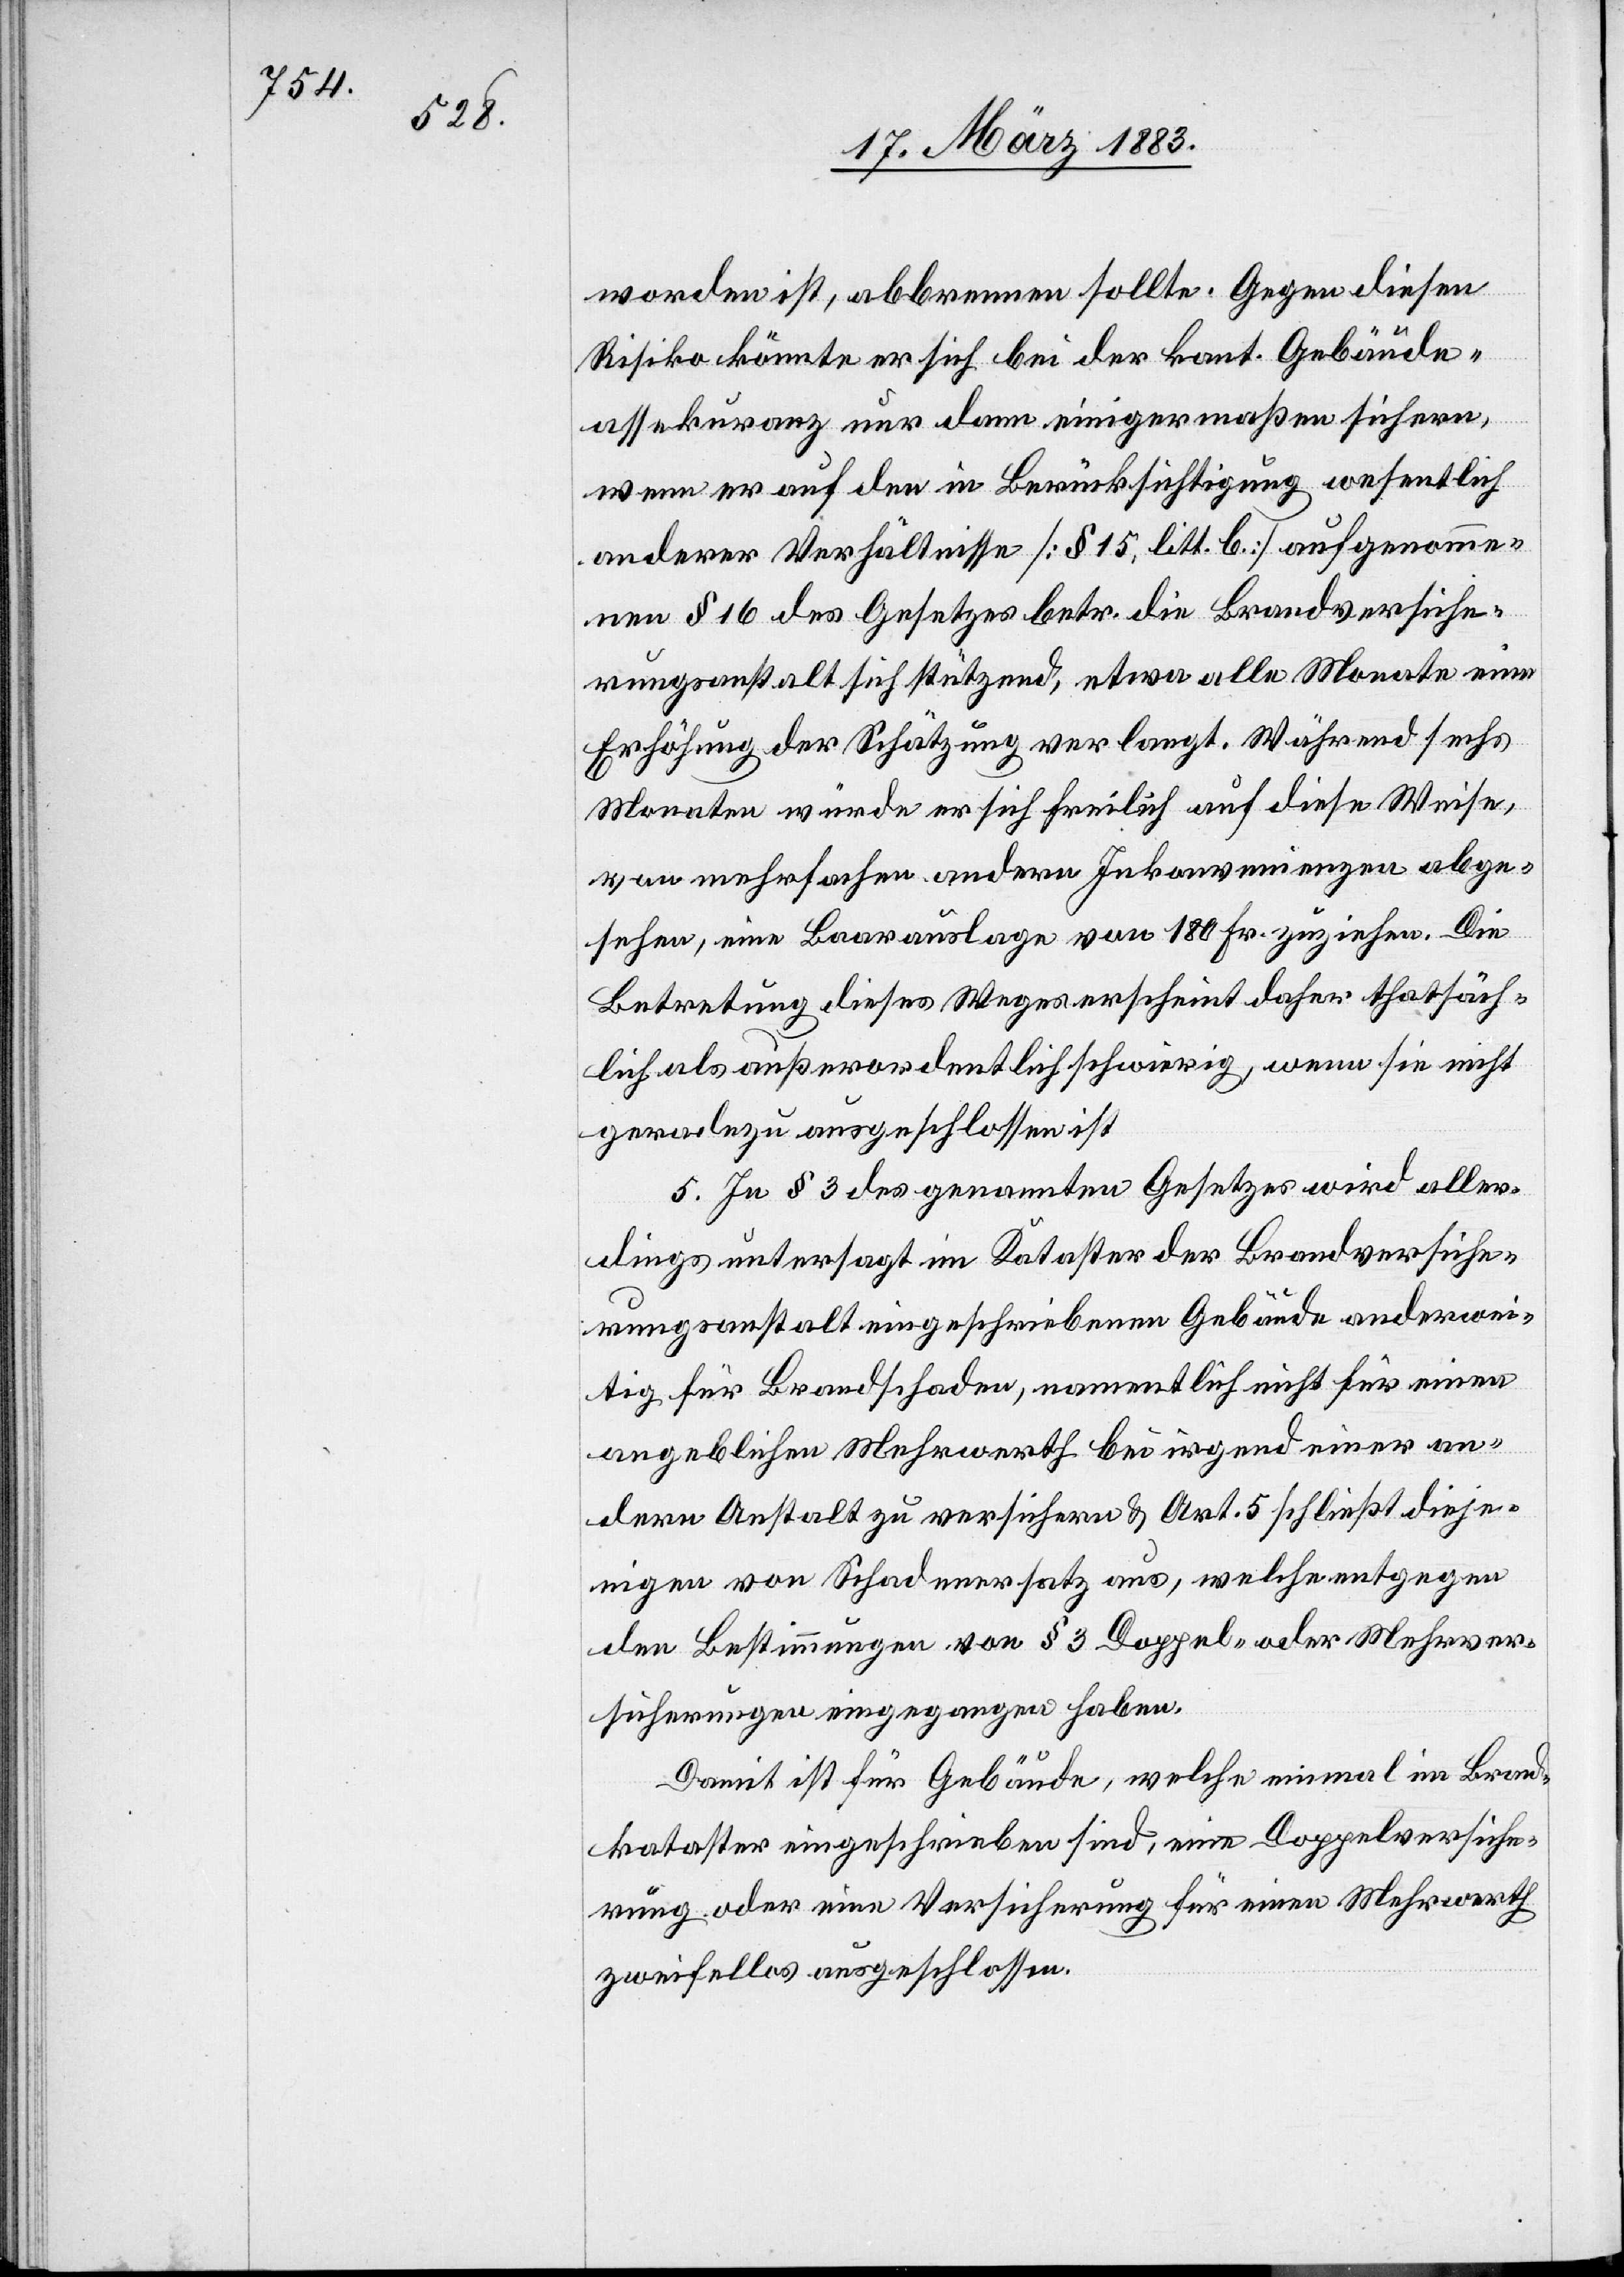
di¬
worden ist, abbrennen sollte. Gegen diesen
Risiko könnte er sich bei der kant. Gebäude¬
assekuranz nur dann einigermaßen sichern,
wenn er auf den in Berücksichtigung wesentlich
anderer Verhältnisse [§ 15, litt. b] aufgenomme¬
nen § 16 des Gesetzes betr. die Brandversiche¬
rungsanstalt sich stützend, etwa alle Monate eine
Erhöhung der Schätzung verlangt. Während sechs
Monaten würde er sich freilich auf diese Weise,
von mehrfachen andern Inkonvenienzen abge¬
sehen, eine Baarauslage von 180 Fr. zuziehen. Die
Betretung dieses Weges erscheint daher thatsäch¬
lich als außerordentlich schwierig, wenn sie nicht
geradezu ausgeschlossen ist.
5. In § 3 des genannten Gesetzes wird aller¬
dings untersagt im Kataster der Brandversiche¬
rungsanstalt eingeschriebene Gebäude anderwei¬
tig für Brandschaden, namentlich nicht für einen
angeblichen Mehrwerth zu versichern &
ejenigen von Schadenersatz aus, welche entgegen
den Bestimmungen von § 3 Doppel- oder Mehrver¬
sicherungen eingegangen haben.
Damit ist für Gebäude, welche einmal im Brand¬
kataster eingeschrieben sind, eine Doppelversiche¬
rung oder eine Versicherung für einen Mehrwerth
zweifellos ausgeschlossen.